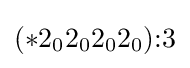
(*2_{0}2_{0}2_{0}2_{0}){:}3